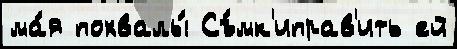
ма́я похвалы́ Съ́мк'иправ'ить ей